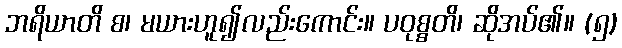
ဘရိယာတိ စ၊ မယားဟူ၍လည်းကောင်း။ ပဝုစ္စတိ၊ ဆိုအပ်၏။ (၅)